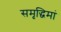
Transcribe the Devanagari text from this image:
समृद्धिमां